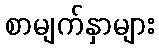
စာမျက်နှာများ